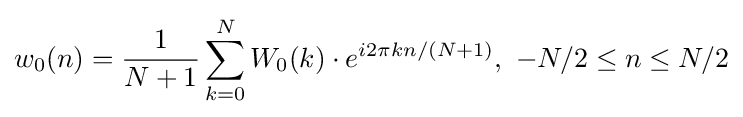
w_{0}(n)={\frac {1}{N+1}}\sum _{k=0}^{N}W_{0}(k)\cdot e^{i2\pi kn/(N+1)},\ -N/2\leq n\leq N/2